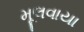
મૂલવાયા